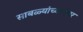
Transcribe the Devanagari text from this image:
साबळ्यांच्यानंतर